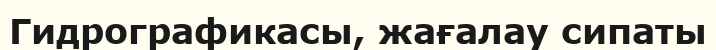
Гидрографикасы, жағалау сипаты